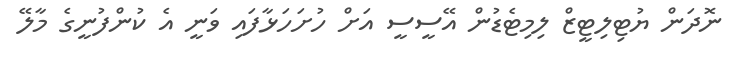
ނޮދަން ޔުޓިލިޓީޒް ލިމިޓެޑުން އޭސީސީ އަށް ހުށަހަޅާފައި ވަނީ އެ ކުންފުނީގެ މާލޭ